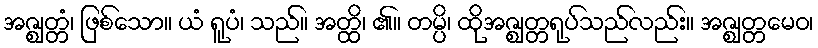
အဇ္ဈတ္တံ၊ ဖြစ်သော။ ယံ ရူပံ၊ သည်။ အတ္ထိ၊ ၏။ တမ္ပိ၊ ထိုအဇ္ဈတ္တရုပ်သည်လည်း။ အဇ္ဈတ္တမေဝ၊